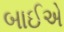
બાઈએ